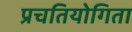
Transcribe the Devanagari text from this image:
प्रचतियोगिता